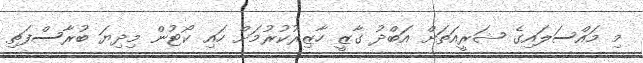
މި މައްސަލައިގެ ޝަރީއަތަށް އަބްދު ގާޒީ ހާޒިރުކުރުމަށް ހައި ކޯޓުން މިދިޔަ ބުރާސްފަތި